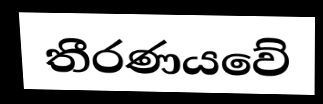
තීරණයවේ